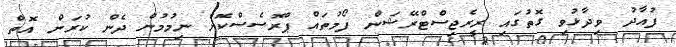
ފުއާދު ވިދާޅުވި ގޮތުގައި ރީރެޖިސްޓްރޭޝަން ފޯމުތައް ޕްރޮސެސްކޮށް ނިމުމުން ދެން ކުރަން އޮތް